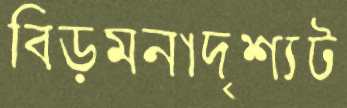
বিড়ম্বনাদৃশ্যট